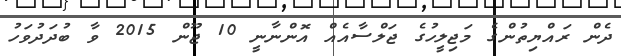
ދެން ރައްޔިތުންގެ މަޖިލީހުގެ ޖަލްސާއެއް އޮންނާނީ 10 ޖޫން 2015 ވާ ބުދަދުވަހު